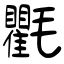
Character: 氍